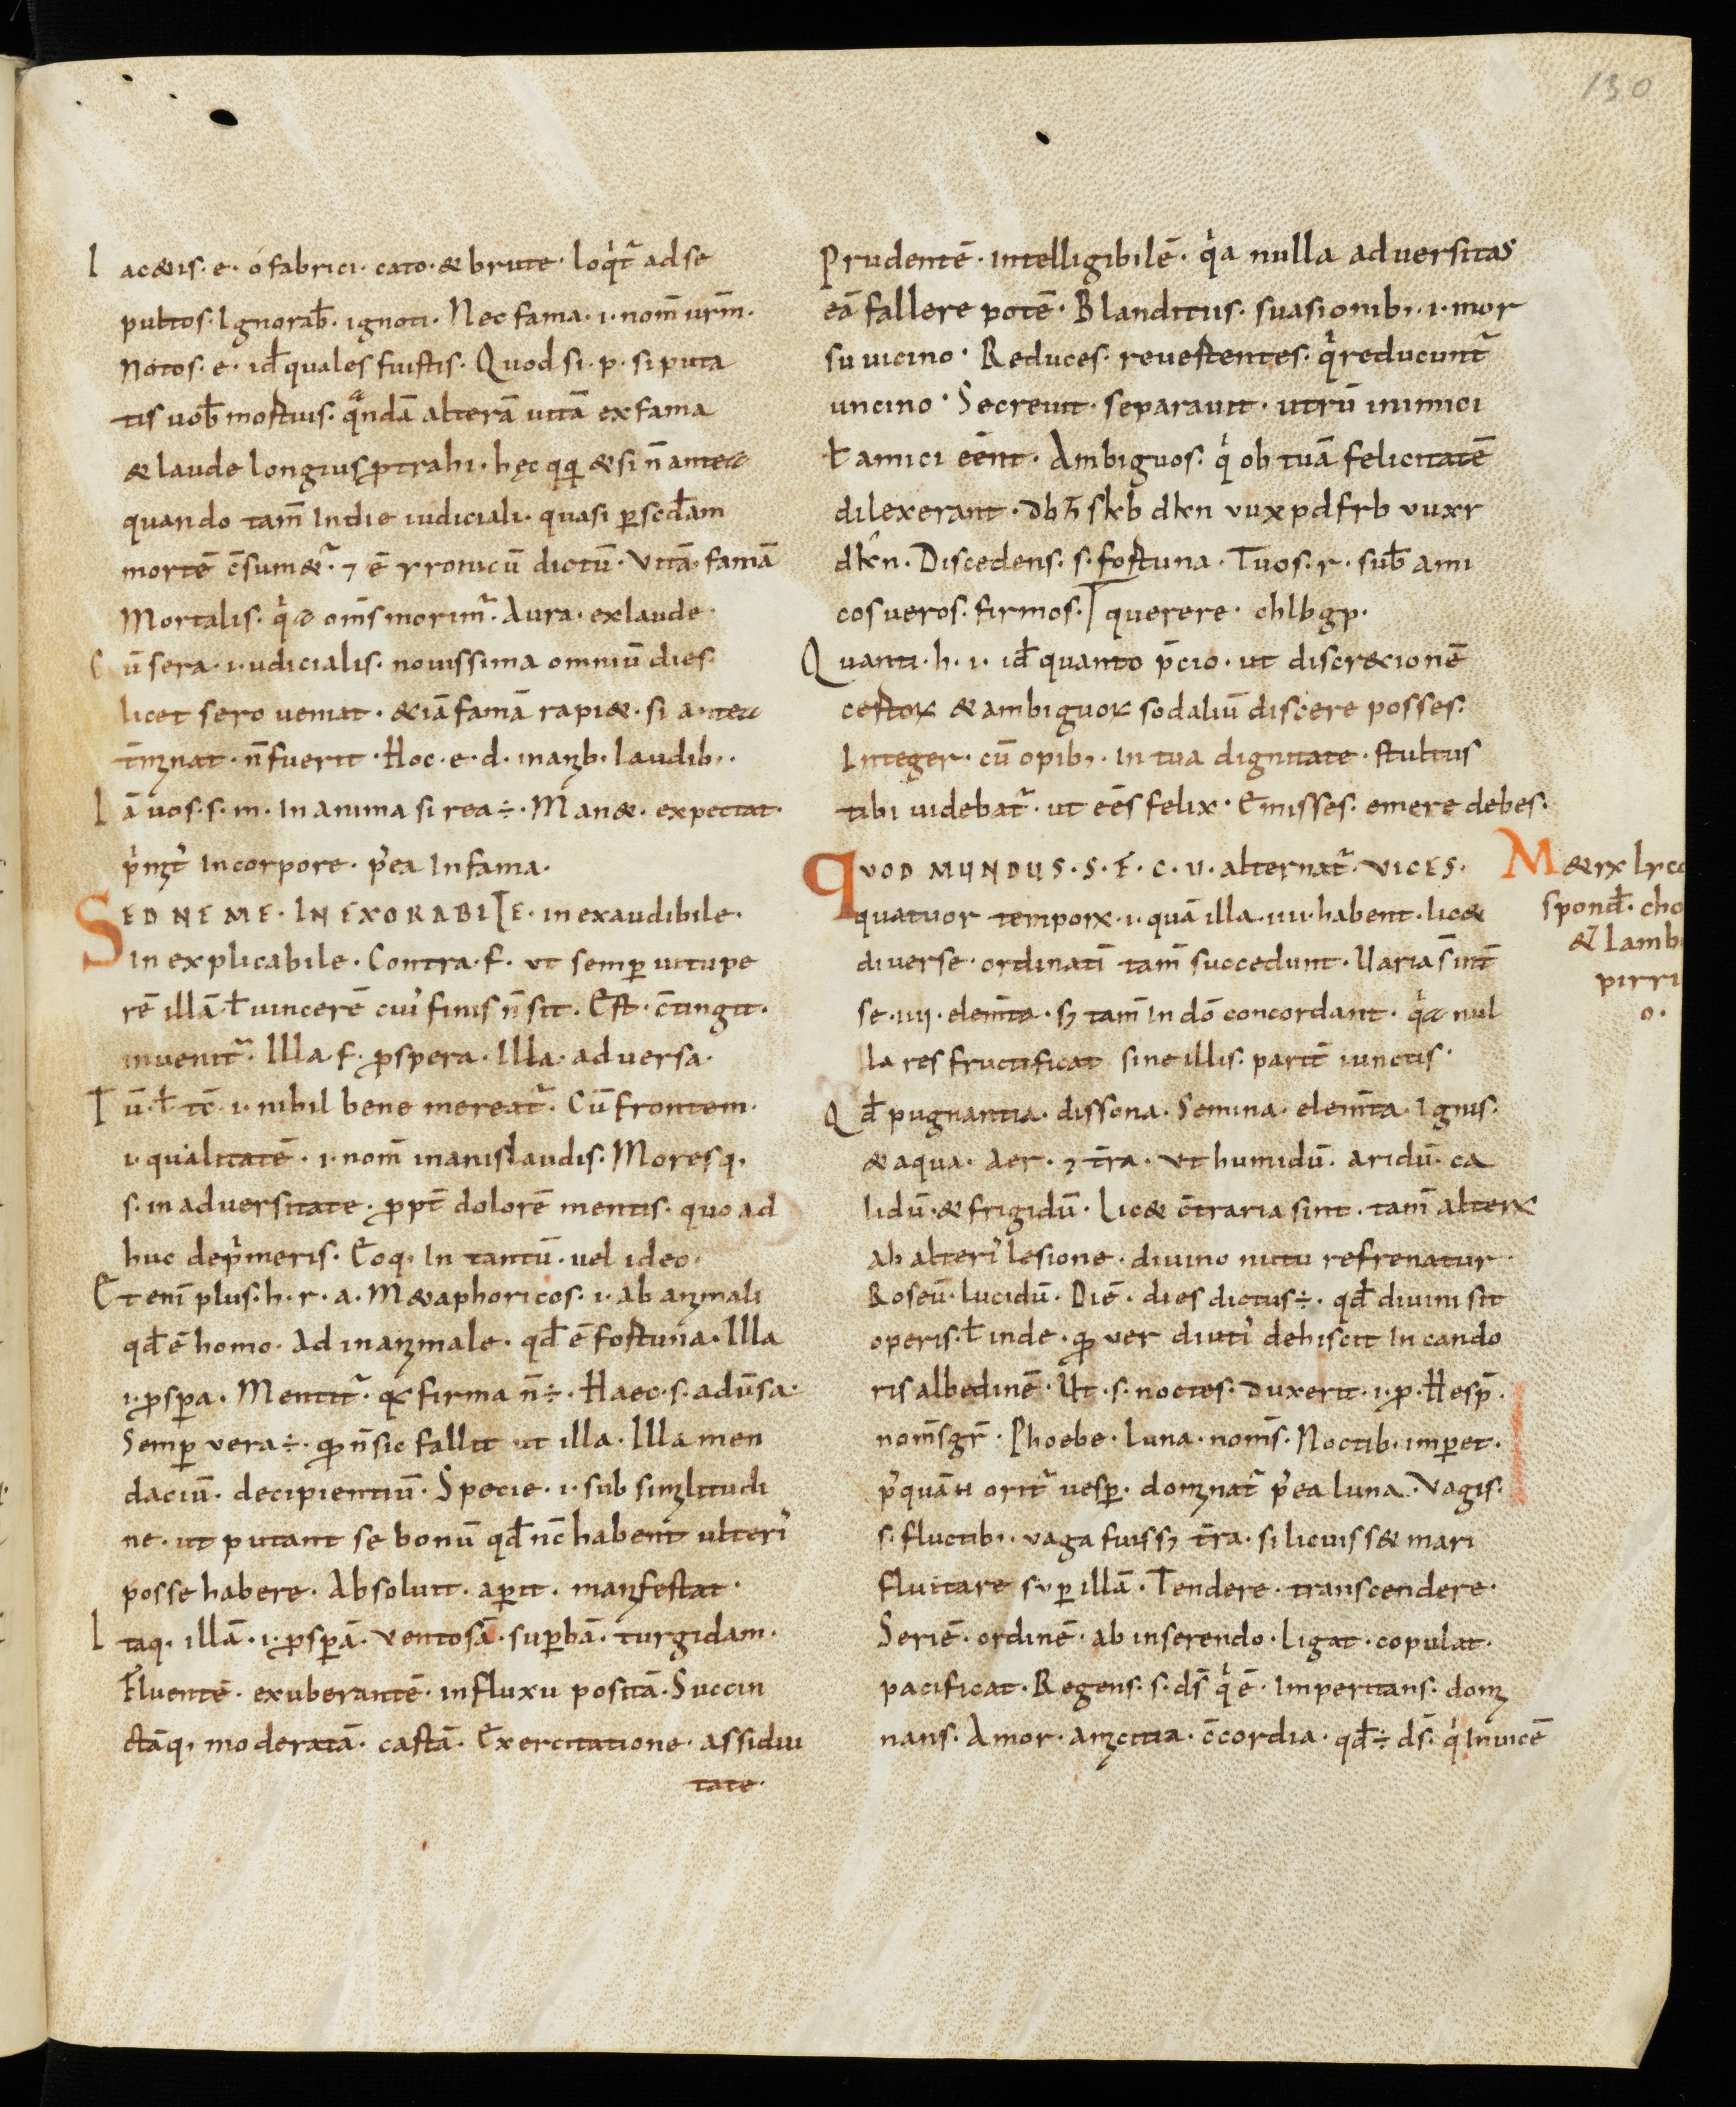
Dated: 950–999